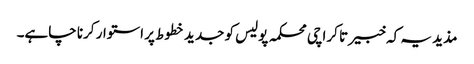
مذید یہ کہ خبیر تا کراچی محکمہ پولیس کو جدید خطوط پر استوار کرنا چاہے۔